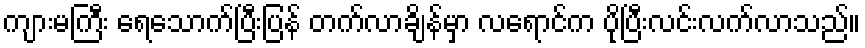
ကျားမကြီး ရေသောက်ပြီးပြန် တက်လာချိန်မှာ လရောင်က ပိုပြီးလင်းလက်လာသည်။